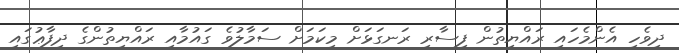
ދިވެހި އެންމެހައި ރައްޔިތުން ފިސާރި ރަނގަޅަށް މިކަމަށް ސަމާލުވެ ގައުމާއި ރައްޔިތުންގެ ދިފާޢުގައި